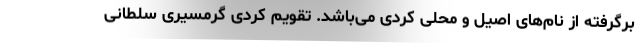
برگرفته از نام‌های اصیل و محلی کردی می‌باشد. تقویم کردی گرمسیری سلطانی